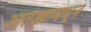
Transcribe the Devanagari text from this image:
आतड्यामधून